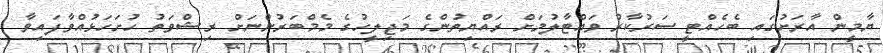
ޔާމީން އާރަށުގައި ބެހެއްޓީ ސަރުކާރު ވައްޓާލުމަށް ރައްޔިތުންގެ މަޖިލީހުގެ މެމްބަރުންނަށް ރިޝްވަތު ހުށަހަޅުއްވާފައިވާ